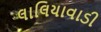
લાલિયાવાડી